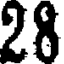
28